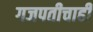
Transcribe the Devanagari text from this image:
गजपतीचाही